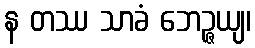
န တဿ သာခံ ဘေဉ္ဇယျ၊